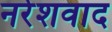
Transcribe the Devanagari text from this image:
नरेशवाद